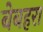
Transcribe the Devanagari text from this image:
बेबहरा